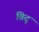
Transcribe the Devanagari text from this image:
बिद्